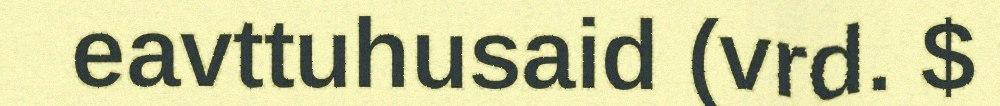
eavttuhusaid (vrd. $